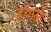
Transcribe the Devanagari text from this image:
दयाळे